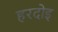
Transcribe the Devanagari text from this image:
हरदोइ